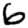
Digit: 6